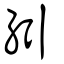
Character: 紖